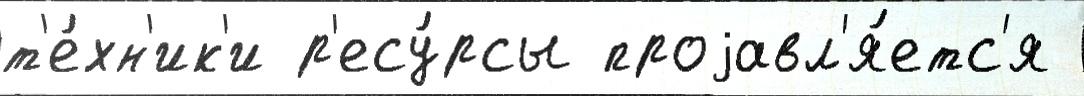
т'е́хн'ик'и р'есу́рсы проjавл'я́етс'я